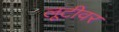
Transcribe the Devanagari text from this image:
लूटीवर